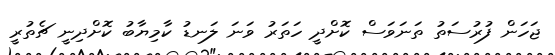
ޖަހަން ފުރުސަތު ތަނަވަސް ކޮށްދީ ހަތަރު ވަނަ ލަނޑު ކާމިޔާބު ކޮށްދިނީ ޗެތުރީ